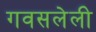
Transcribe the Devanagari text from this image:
गवसलेली